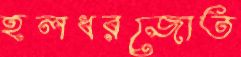
হলধরজোত